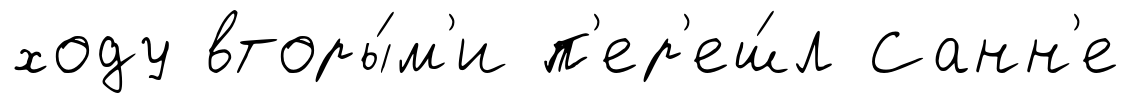
ходу вторы́м'и п'ер'еш́л Санн'е